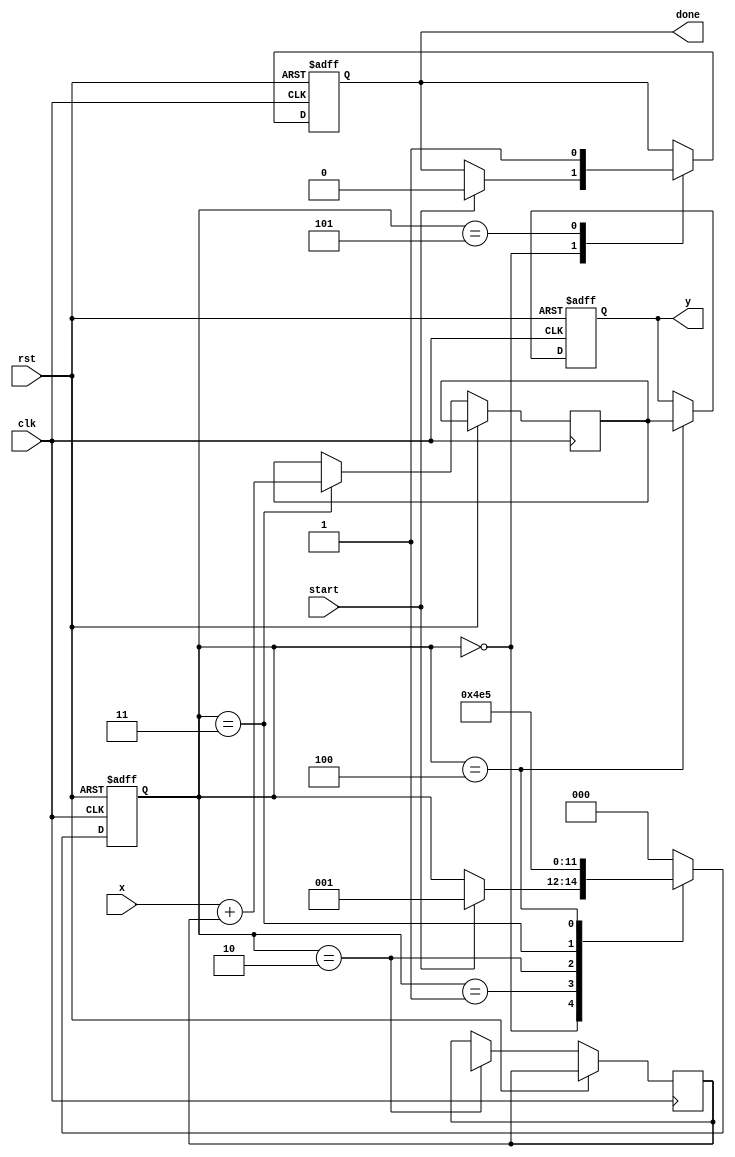
module asinh_block (
    input wire signed [31:0] x,  // Input: 32-bit signed fixed-point number
    output reg signed [31:0] y,   // Output: 32-bit signed fixed-point result
    input wire clk,
    input wire rst,
    input wire start,
    output reg done
);

    reg signed [31:0] x_squared;
    reg signed [31:0] sqrt_term;
    reg signed [31:0] temp_sum;
    reg [2:0] state; // State machine for control logic

    localparam STATE_IDLE = 3'd0;
    localparam STATE_SQUARE = 3'd1;
    localparam STATE_SQRT = 3'd2;
    localparam STATE_ADD = 3'd3;
    localparam STATE_LOG = 3'd4;
    localparam STATE_DONE = 3'd5;

    // Simple square function
    function signed [31:0] square(input signed [31:0] value);
        begin
            square = value * value;
        end
    endfunction

    // Simple square root function (using iterative method for example)
    function signed [31:0] sqrt(input signed [31:0] value);
        integer i;
        begin
            sqrt = 0;
            for (i = 0; i < 32; i = i + 1) begin
                sqrt = (sqrt + value / sqrt) >> 1; // Newton's method
            end
        end
    endfunction

    // Simple natural logarithm function (using Taylor series approximation)
    function signed [31:0] ln(input signed [31:0] value);
        begin
            // Placeholder for logarithm; actual implementation would be more complex
            ln = value; // Replace this with actual logarithm calculation
        end
    endfunction

    always @(posedge clk or posedge rst) begin
        if (rst) begin
            state <= STATE_IDLE;
            y <= 0;
            done <= 0;
        end else begin
            case (state)
                STATE_IDLE: begin
                    if (start) begin
                        state <= STATE_SQUARE;
                        done <= 0;
                    end
                end

                STATE_SQUARE: begin
                    x_squared <= square(x);
                    state <= STATE_SQRT;
                end

                STATE_SQRT: begin
                    sqrt_term <= sqrt(x_squared + 32'h00000001); // x^2 + 1
                    state <= STATE_ADD;
                end

                STATE_ADD: begin
                    temp_sum <= x + sqrt_term;
                    state <= STATE_LOG;
                end

                STATE_LOG: begin
                    y <= ln(temp_sum); // Compute ln(x + sqrt(x^2 + 1))
                    state <= STATE_DONE;
                end

                STATE_DONE: begin
                    done <= 1;
                    state <= STATE_IDLE; // Reset state machine
                end

                default: state <= STATE_IDLE;
            endcase
        end
    end

endmodule